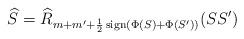
LaTeX: \begin{align*}\widehat{S}=\widehat{R}_{m+m^{\prime}+\frac{1}{2}\operatorname*{sign}(\Phi(S)+\Phi(S^{\prime}))}(SS^{\prime}) \end{align*}